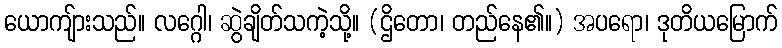
ယောကျ်ားသည်။ လဂ္ဂေါ၊ ဆွဲချိတ်သကဲ့သို့။ (ဌိတော၊ တည်နေ၏။) အပရော၊ ဒုတိယမြောက်